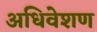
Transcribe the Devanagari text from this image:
अधिवेशण